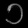
Digit: ၁